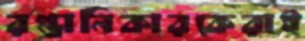
রপ্তানিকারকেরাই